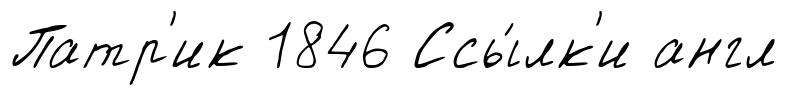
Патр'ик 1846 Ссы́лк'и англ